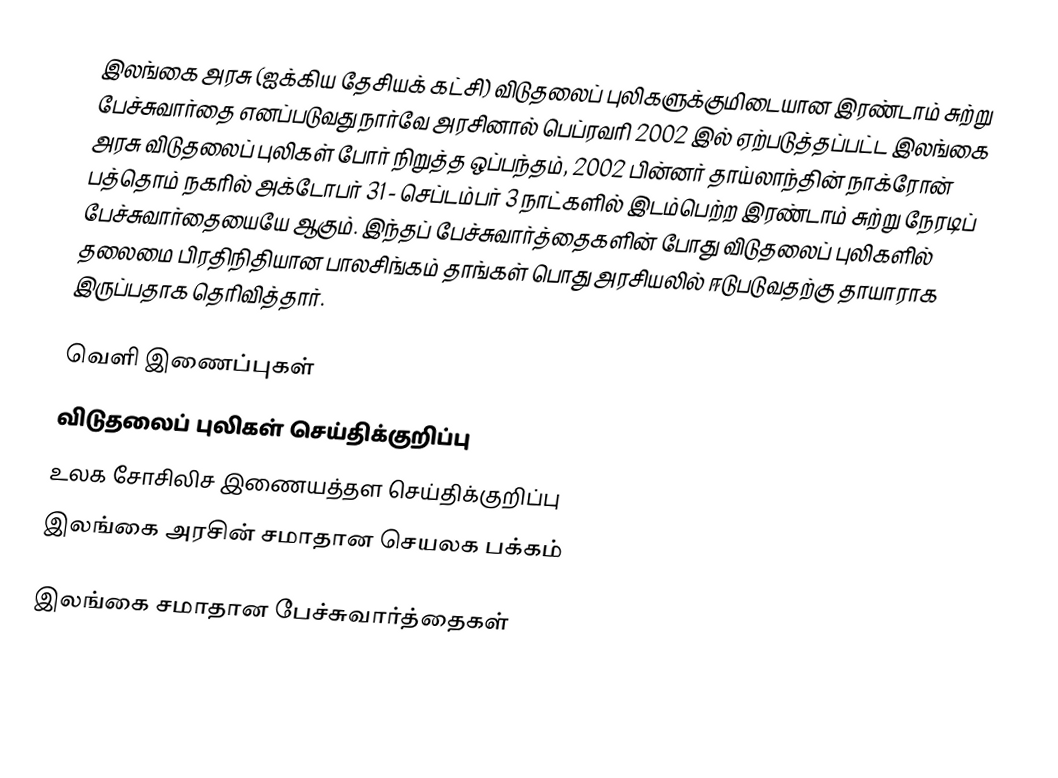
இலங்கை அரசு (ஐக்கிய தேசியக் கட்சி) விடுதலைப் புலிகளுக்குமிடையான இரண்டாம் சுற்று பேச்சுவார்தை எனப்படுவது நார்வே அரசினால் பெப்ரவரி 2002 இல் ஏற்படுத்தப்பட்ட இலங்கை அரசு விடுதலைப் புலிகள் போர் நிறுத்த ஒப்பந்தம், 2002 பின்னர் தாய்லாந்தின் நாக்ரோன் பத்தொம்  நகரில் அக்டோபர் 31 - செப்டம்பர் 3  நாட்களில்  இடம்பெற்ற இரண்டாம் சுற்று நேரடிப் பேச்சுவார்தையையே ஆகும்.  இந்தப் பேச்சுவார்த்தைகளின் போது விடுதலைப் புலிகளில் தலைமை பிரதிநிதியான பாலசிங்கம் தாங்கள் பொது அரசியலில் ஈடுபடுவதற்கு தாயாராக இருப்பதாக தெரிவித்தார்.

வெளி இணைப்புகள்
  விடுதலைப் புலிகள் செய்திக்குறிப்பு
 உலக சோசிலிச இணையத்தள செய்திக்குறிப்பு
 இலங்கை அரசின் சமாதான செயலக பக்கம்

இலங்கை சமாதான பேச்சுவார்த்தைகள்